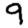
Digit: 9